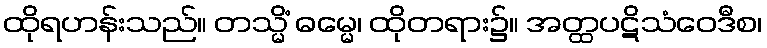
ထိုရဟန်းသည်။ တသ္မိံ ဓမ္မေ၊ ထိုတရား၌။ အတ္ထပဋိသံဝေဒီစ၊